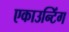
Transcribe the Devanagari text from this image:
एकाउन्टिंग